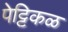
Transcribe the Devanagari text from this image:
पेट्टिकळ